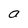
Character: a